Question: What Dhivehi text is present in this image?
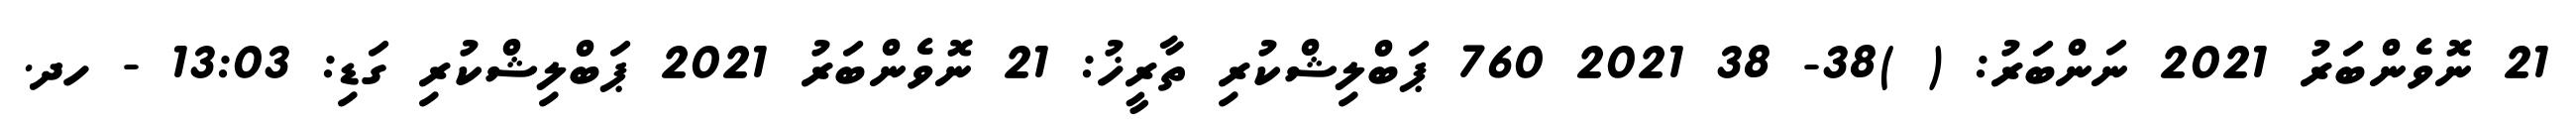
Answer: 21 ނޮވެންބަރު 2021 ނަންބަރު: ( )38- 38 2021 760 ޕަބްލިޝްކުރި ތާރީޚު: 21 ނޮވެންބަރު 2021 ޕަބްލިޝްކުރި ގަޑި: 13:03 - ހދ.